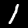
Label: 1